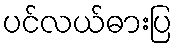
ပင်လယ်ဓားပြ